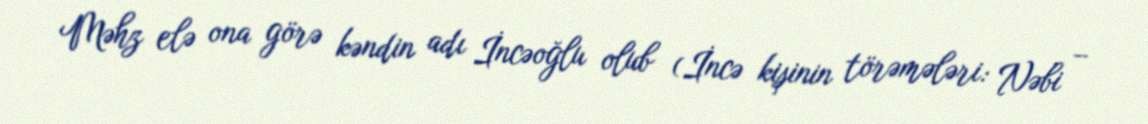
Məhz elə ona görə kəndin adı İncəoğlu olub (İncə kişinin törəmələri: Nəbi –